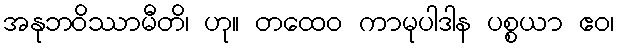
အနုဘဝိဿာမီတိ၊ ဟု။ တထေဝ ကာမုပါဒါန ပစ္စယာ ဧဝ၊